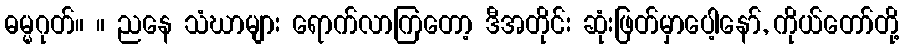
ဓမ္မဂုတ်။ ။ ညနေ သံဃာများ ရောက်လာကြတော့ ဒီအတိုင်း ဆုံးဖြတ်မှာပေါ့နော်, ကိုယ်တော်တို့